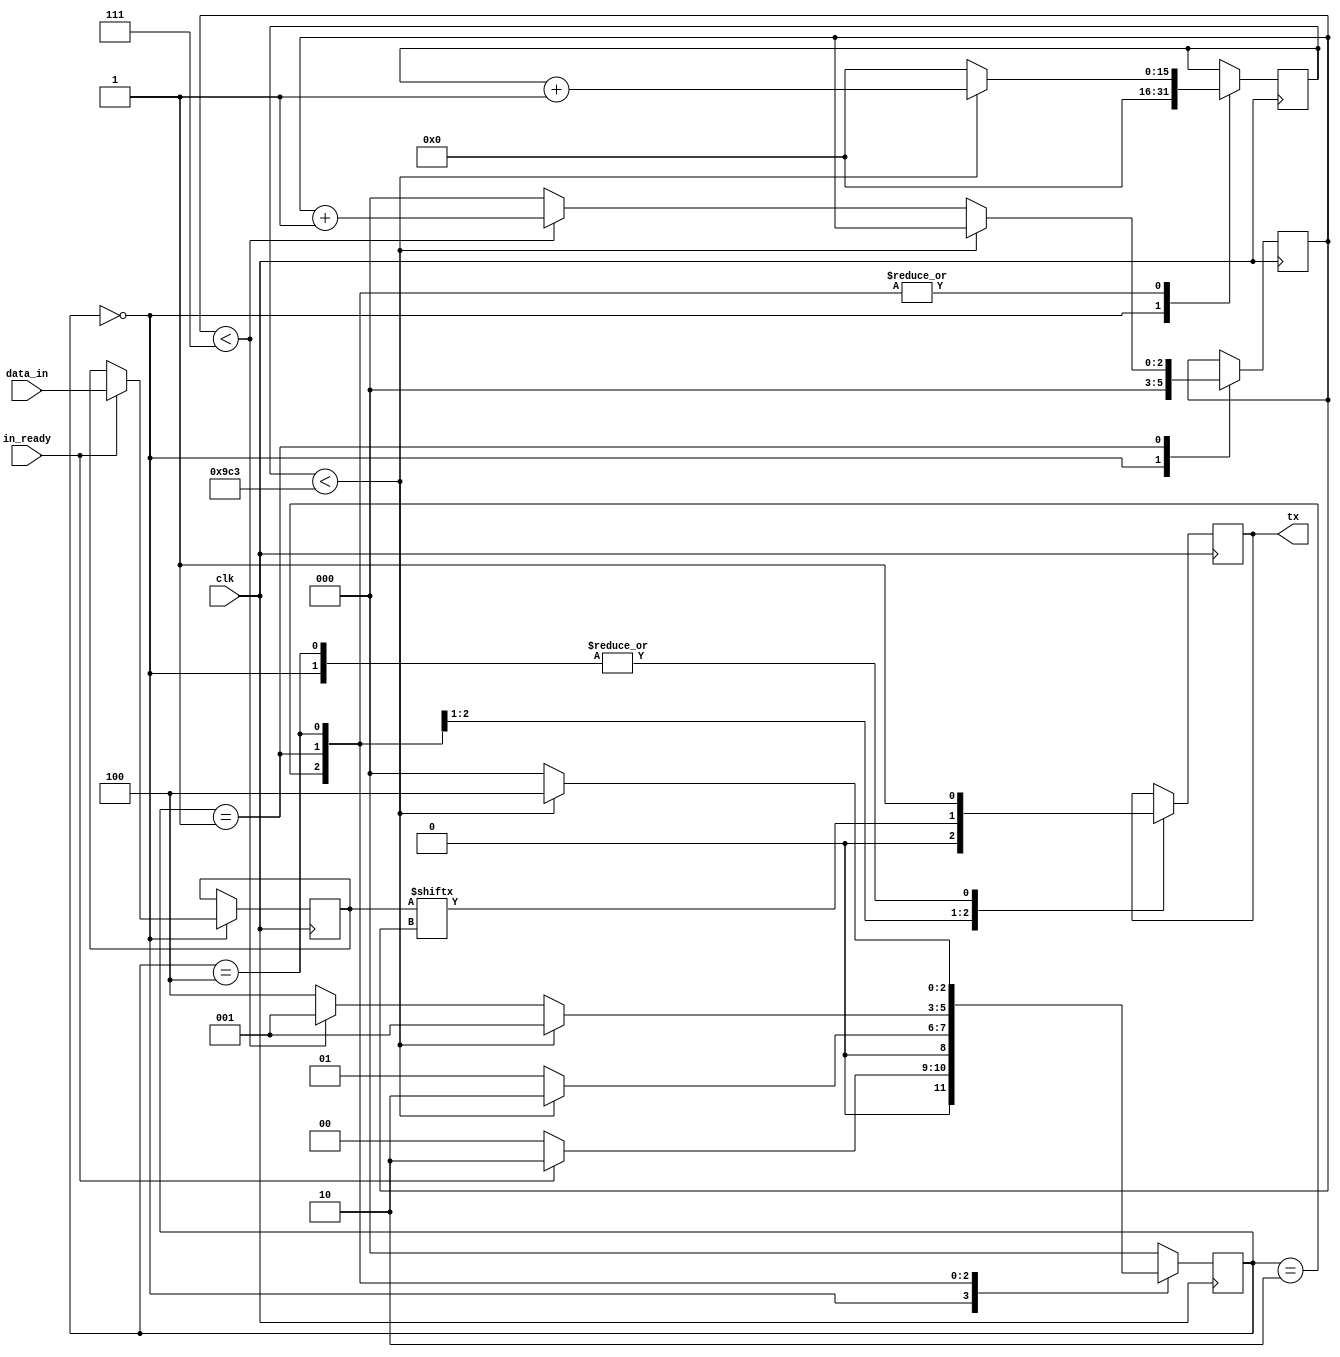
// bd_divider = clock_frequency / baudrate

module uart_tx #(parameter bd_divider=2500) 
				   (input wire clk, input wire [7:0] data_in, 
					 input wire in_ready, output reg tx);
    

 reg [2:0] state = 3'b000, next_state;
 reg [2:0] data_index = 0;
 reg [15:0] clk_count = 0;
 reg [7:0] current_data = 0;

always @(posedge clk) 
begin
  next_state <= 3'b000;
  case (state)
		3'b000:begin
			 clk_count <= 'b0;
			 data_index <= 'b0;
			 tx <= 1'b1;
			 if (in_ready == 1'b1) begin
				  current_data <= data_in;
				  next_state <= 3'b010;
			 end
			 else begin
				  next_state <= 3'b000;
			 end
		end

		3'b010: begin
			 tx <= 1'b0;
			 if(clk_count < bd_divider-1'b1) begin
				  clk_count <= clk_count + 1'b1;
				  next_state <= 3'b010;
			 end
			 else begin
				  clk_count <= 'b0;
				  next_state <= 3'b001;
			 end
		end


		3'b001:begin
			 tx <= current_data[data_index];
			 if(clk_count < bd_divider-1'b1)begin
				  clk_count <= clk_count + 1'b1;
				  next_state <= 3'b001;
			 end
			 else begin
				  clk_count <= 'b0;
				  if (data_index < 3'd7)begin
						data_index <= data_index + 1'b1;
						next_state <= 3'b001;
				  end
				  else begin
						data_index <= 'b0;
						next_state <= 3'b100;
				  end
			 end
		end

		3'b100:begin
			 tx <= 1'b1;
			 if(clk_count < bd_divider-1'b1)begin
				  clk_count <= clk_count + 1'b1;
				  next_state <= 3'b100;
			 end
			 else begin
				  clk_count <= 'b0;
				  next_state <= 3'b000;
			 end
		end

		default: begin
			 next_state <= 3'b000;
		end
  endcase
end

always @(*)
begin
	state <= next_state;
end

endmodule